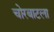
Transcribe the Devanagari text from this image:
चोरबाटला